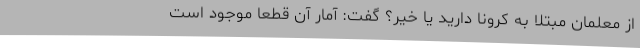
از معلمان مبتلا به کرونا دارید یا خیر؟ گفت: آمار آن قطعا موجود است